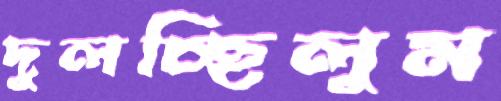
দুলচ্ছিলুম